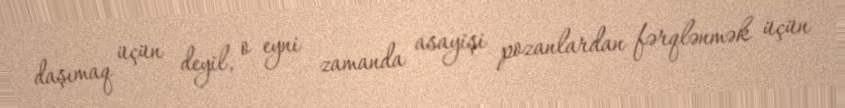
daşımaq üçün deyil, o eyni zamanda asayişi pozanlardan fərqlənmək üçün